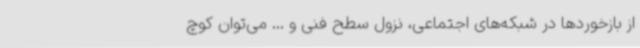
از بازخوردها در شبکه‌های اجتماعی، نزول سطح فنی و ... می‌توان کوچ